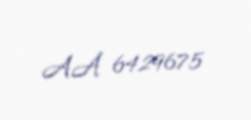
AA 6429675